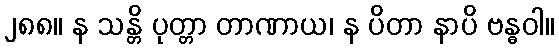
၂၈၈။ န သန္တိ ပုတ္တာ တာဏာယ၊ န ပိတာ နာပိ ဗန္ဓဝါ။